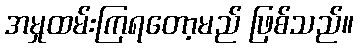
အမှုထမ်းကြရတော့မည် ဖြစ်သည်။